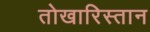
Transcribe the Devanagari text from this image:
तोखारिस्तान